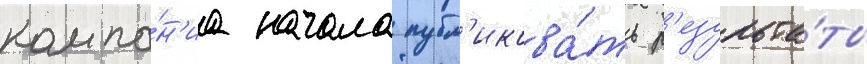
компа́н'иа начала публ'икова́ть р'езульта́ты